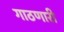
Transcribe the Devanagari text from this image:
गाठणारी